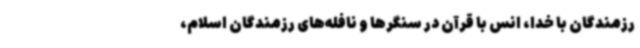
رزمندگان با خدا، انس با قرآن در سنگرها و نافله‌های رزمندگان اسلام،